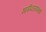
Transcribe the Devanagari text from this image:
भागीदार्‍यांमध्ये